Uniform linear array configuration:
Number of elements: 12
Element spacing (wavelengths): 0.75
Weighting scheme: kaiser
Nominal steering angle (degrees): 0
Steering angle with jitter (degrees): -1.02
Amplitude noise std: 0.05
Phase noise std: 0.05

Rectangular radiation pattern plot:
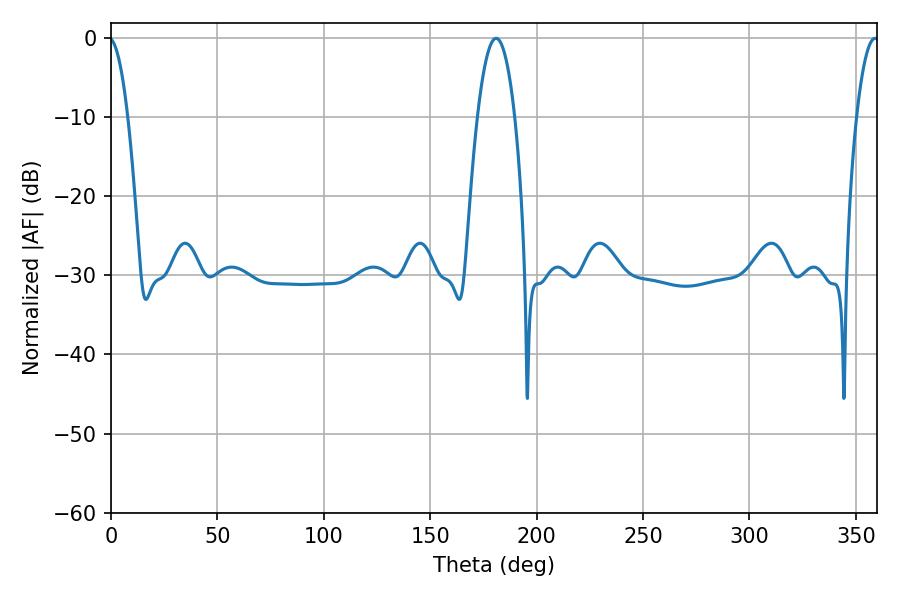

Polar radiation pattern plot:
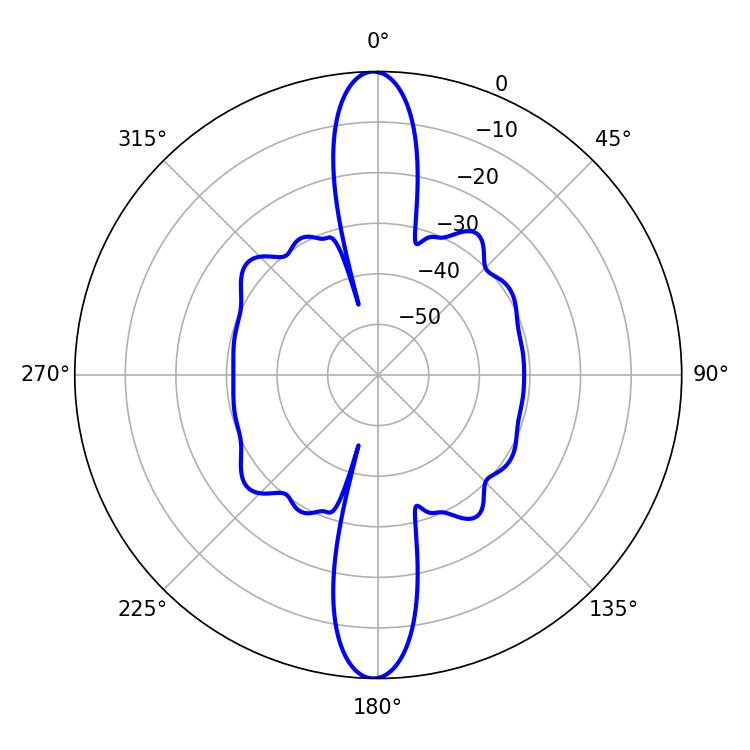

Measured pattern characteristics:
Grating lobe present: TRUE
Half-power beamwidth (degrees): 9.72
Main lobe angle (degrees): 180.9